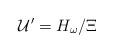
LaTeX: \begin{align*}\mathcal{U}^{\prime }=H_{\omega }/\Xi \end{align*}